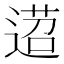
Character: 𨔴